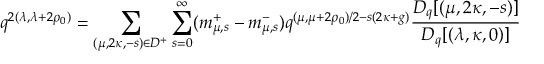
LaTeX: q ^ { 2 ( \lambda , \lambda + 2 \rho _ { 0 } ) } = \sum _ { ( \mu , 2 \kappa , - s ) \in D ^ { + } } \sum _ { s = 0 } ^ { \infty } ( m _ { \mu , s } ^ { + } - m _ { \mu , s } ^ { - } ) q ^ { ( \mu , \mu + 2 \rho _ { 0 } ) / 2 - s ( 2 \kappa + g ) } \frac { D _ { q } [ ( \mu , 2 \kappa , - s ) ] } { D _ { q } [ ( \lambda , \kappa , 0 ) ] }